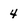
Character: 4